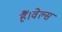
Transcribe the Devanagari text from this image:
हैं।वेल्स